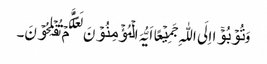
وَ تُوۡبُوۡۤا اِلَی اللّٰہِ جَمِیۡعًا اَیُّہَ الۡمُؤۡمِنُوۡنَ لَعَلَّکُمۡ تُفۡلِحُوۡنَ۔